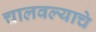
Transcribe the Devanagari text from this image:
चालवल्याचे